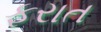
ફરાત